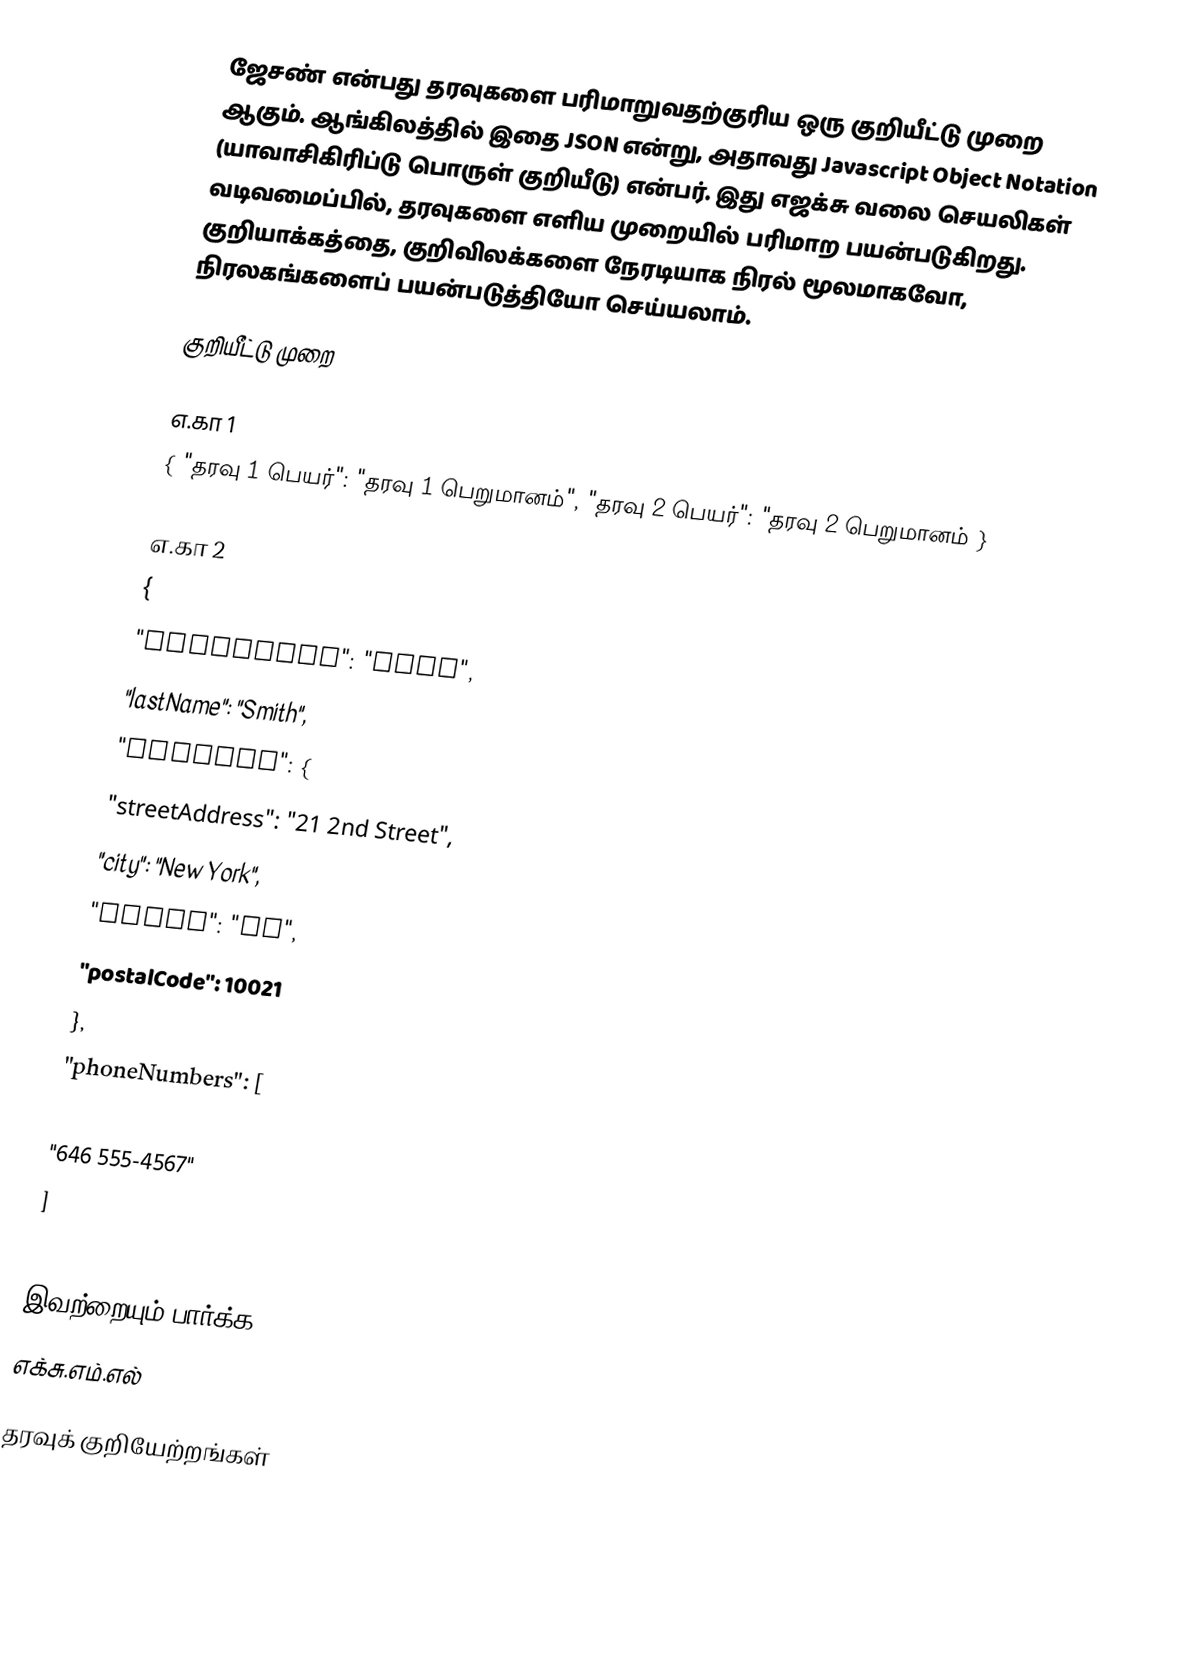
ஜேசண் என்பது தரவுகளை பரிமாறுவதற்குரிய ஒரு குறியீட்டு முறை ஆகும். ஆங்கிலத்தில் இதை JSON என்று, அதாவது Javascript Object Notation (யாவாசிகிரிப்டு பொருள் குறியீடு) என்பர். இது எஜக்சு வலை செயலிகள் வடிவமைப்பில், தரவுகளை எளிய முறையில் பரிமாற பயன்படுகிறது. குறியாக்கத்தை, குறிவிலக்களை நேரடியாக நிரல் மூலமாகவோ, நிரலகங்களைப் பயன்படுத்தியோ செய்யலாம்.

குறியீட்டு முறை

எ.கா 1
{ "தரவு 1 பெயர்": "தரவு 1 பெறுமானம்", "தரவு 2 பெயர்": "தரவு 2 பெறுமானம் }

எ.கா 2
{
     "firstName": "John",
     "lastName": "Smith",
     "address": {
         "streetAddress": "21 2nd Street",
         "city": "New York",
         "state": "NY",
         "postalCode": 10021
     },
     "phoneNumbers": [
         "212 555-1234",
         "646 555-4567"
     ]
 }

இவற்றையும் பார்க்க
 எக்சு.எம்.எல்

தரவுக் குறியேற்றங்கள்